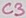
Text: C3